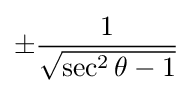
\pm {\frac {1}{\sqrt {\sec ^{2}\theta -1}}}